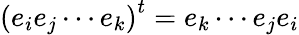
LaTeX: \left(e_{i}e_{j}\cdots e_{k}\right)^{t}=e_{k}\cdots e_{j}e_{i}